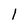
Character: l